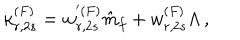
\kappa _ { r , 2 s } ^ { ( F ) } = w _ { r , 2 s } ^ { ' ( F ) } \hat { m } _ { f } + w _ { r , 2 s } ^ { ( F ) } \Lambda \, ,